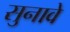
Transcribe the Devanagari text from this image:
सुनावे